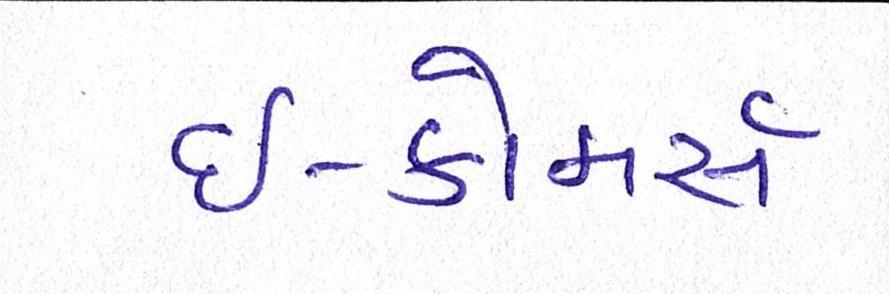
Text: ઇ-કોમર્સ